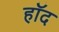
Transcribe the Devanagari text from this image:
हॉद